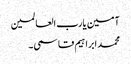
آمین یارب العالمین
محمد ابراہیم قاسمی۔